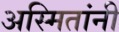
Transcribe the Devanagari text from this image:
अस्मितांनी